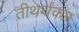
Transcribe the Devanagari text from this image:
तीथर्थंकर